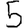
Digit: 5